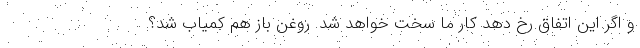
و اگر این اتفاق رخ دهد کار ما سخت خواهد شد. روغن باز هم کمیاب شد؟